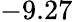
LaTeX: -9.27